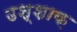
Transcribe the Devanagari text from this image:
उश्शाक़